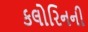
કલોરિનની